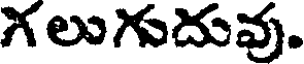
గలుగుదువు.